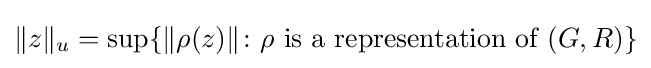
\lVert z\rVert _{u}=\sup\{\lVert \rho (z)\rVert \colon \rho {\text{ is a representation of }}(G,R)\}